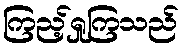
ကြည့်ရှုကြသည်